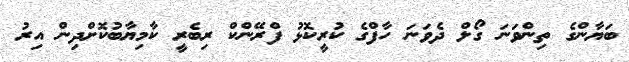
ބަޔާންގެ ތިންވަނަ ގޯލް ދެވަނަ ހާފްގެ ކުރީކޮޅު ފްރޭންކް ރިބެރީ ކާމިޔާބުކޮށްދިން އިރު